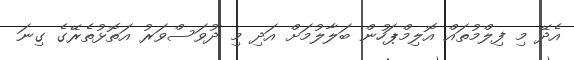
އެދޭ މި ފިލްމުތައް އޮލިމްޕަހުން ބަލާލުމަށް އަދި މި ދުވަސްވަރު އަތޮޅުތެރޭގެ ގިނަ